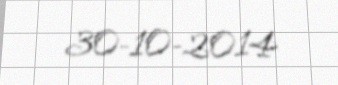
30-10-2014